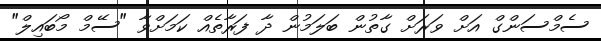
ސެމްސަންގް އަށް ވަރަށް ގާތުން ބަލަމުން ދާ ފަރާތެއް ކަމަށްވާ "ސޭމް މޯބައިލް"